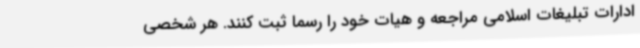
ادارات تبلیغات اسلامی مراجعه و هیات خود را رسما ثبت کنند. هر شخصی